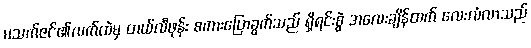
မသက်ဇင်၏လက်ထဲမှ တယ်လီဖုန်း စကားပြောခွက်သည် ရှိရင်းစွဲ အလေးချိန်ထက် လေးလံလာသည်